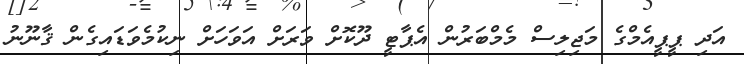
އަދި ޕީޕީއެމްގެ މަޖިލިސް މެމްބަރުން އެޕާޓީ ދޫކޮށް ވަރަށް އަވަހަށް ނިކުމެވަޑައިގެން ޤާނޫނު